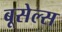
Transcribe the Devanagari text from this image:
बूसेल्स